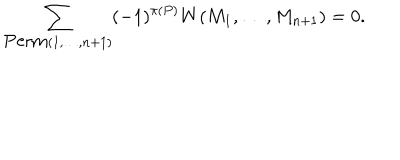
LaTeX: \sum _ { \mathrm { P e r m } ( 1 , \dots , n + 1 ) } ( - 1 ) ^ { \pi ( P ) } W ( M _ { 1 } , \dots , M _ { n + 1 } ) = 0 .